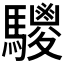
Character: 𩦲